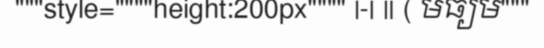
"""style=""""height:200px"""" |-| || ( មធ្យម"""